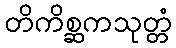
တိကိစ္ဆကသုတ္တံ